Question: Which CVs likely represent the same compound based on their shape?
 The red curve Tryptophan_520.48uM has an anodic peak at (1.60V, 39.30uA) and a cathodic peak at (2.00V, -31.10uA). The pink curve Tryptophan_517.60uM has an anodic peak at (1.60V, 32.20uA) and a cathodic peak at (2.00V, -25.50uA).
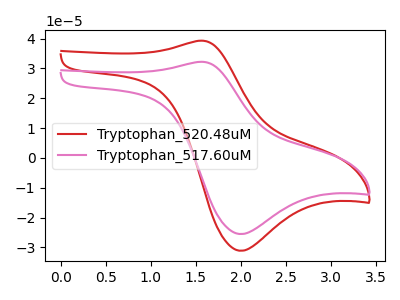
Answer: <think>All the peaks in "Tryptophan_520.48uM" have a peak in "Tryptophan_517.60uM" at the same potential. Every peak in "Tryptophan_520.48uM" is higher than every peak in "Tryptophan_517.60uM".
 </think>
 <answer>"Tryptophan_517.60uM" and "Tryptophan_520.48uM" have the same shape and are likely CV's of the same chemical.</answer>
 <eval>"Tryptophan_517.60uM" "Tryptophan_520.48uM"</eval>